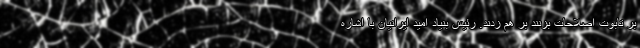
بر تابوت اصلاحات بزنند بر هم زدند. رئیس بنیاد امید ایرانیان با اشاره